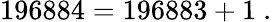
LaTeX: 196884=196883+1\ .